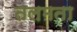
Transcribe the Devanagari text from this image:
तलमता